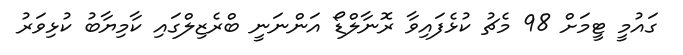
ގައުމީ ޓީމަށް 98 މެޗު ކުޅެފައިވާ ރޮނާލްޑޯ އަންނަނީ ބްރެޒިލްގައި ކާމިޔާބު ކުޅިވަރު